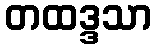
တထဒ္ဒသာ